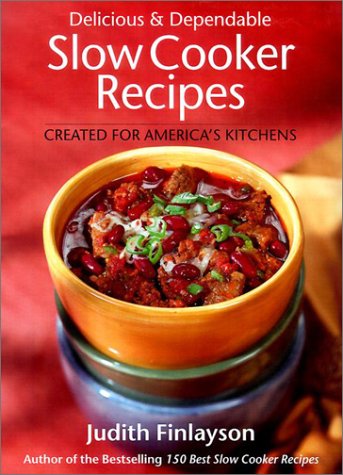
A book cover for Delicious and Dependable Slow Cooker Recipes; Judith Finlayson; Cookbooks, Food & Wine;